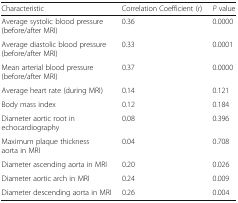
| Characteristic | Correlation Coefficient (r) | P value |
 | --- | --- | --- |
 | Average systolic blood pressure (before/after MRI) | 0.36 | 0.0000 |
 | Average diastolic blood pressure (before/after MRI) | 0.33 | 0.0001 |
 | Mean arterial blood pressure (before/after MRI) | 0.37 | 0.0000 |
 | Average heart rate (during MRI) | 0.14 | 0.121 |
 | Body mass index | 0.12 | 0.184 |
 | Diameter aortic root in echocardiography | 0.08 | 0.396 |
 | Maximum plaque thickness aorta in MRI | 0.04 | 0.708 |
 | Diameter ascending aorta in MRI | 0.20 | 0.026 |
 | Diameter aortic arch in MRI | 0.24 | 0.009 |
 | Diameter descending aorta in MRI | 0.26 | 0.004 |